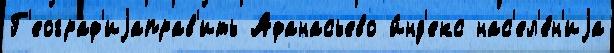
Г'еограф'иjаправ'ить Афанасьево и́нд'екс нас'ел'е́н'иjа